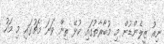
ނިއު ޒީލެންޑުން މި މުބާރާތުގައި ކުޅޭ ތިން ވަނަ މެޗުގައި މި މަހު